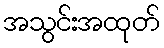
အသွင်းအထုတ်